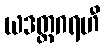
ယဒတ္တဂရဟီ